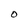
Character: O